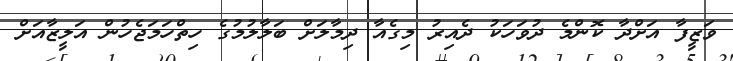
ވަޒީފާ އަށްދާ ކޮންމެ ދުވަހަކު ދެއިރު މިގެއާ ދިމާލަށް ބަލާލުމުގެ ހިތްހަމަޖެހުން އަލީޒާއަށް